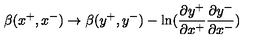
\beta ( x ^ { + } , x ^ { - } ) \rightarrow \beta ( y ^ { + } , y ^ { - } ) - \ln ( { \frac { \partial y ^ { + } } { \partial x ^ { + } } } { \frac { \partial y ^ { - } } { \partial x ^ { - } } } )